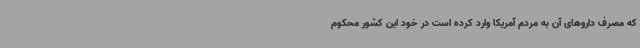
که مصرف داروهای آن به مردم آمریکا وارد کرده است در خود این کشور محکوم